65_HS1-834228961_62-HQ-83894_Section_6
Agency: FBI
Page 11
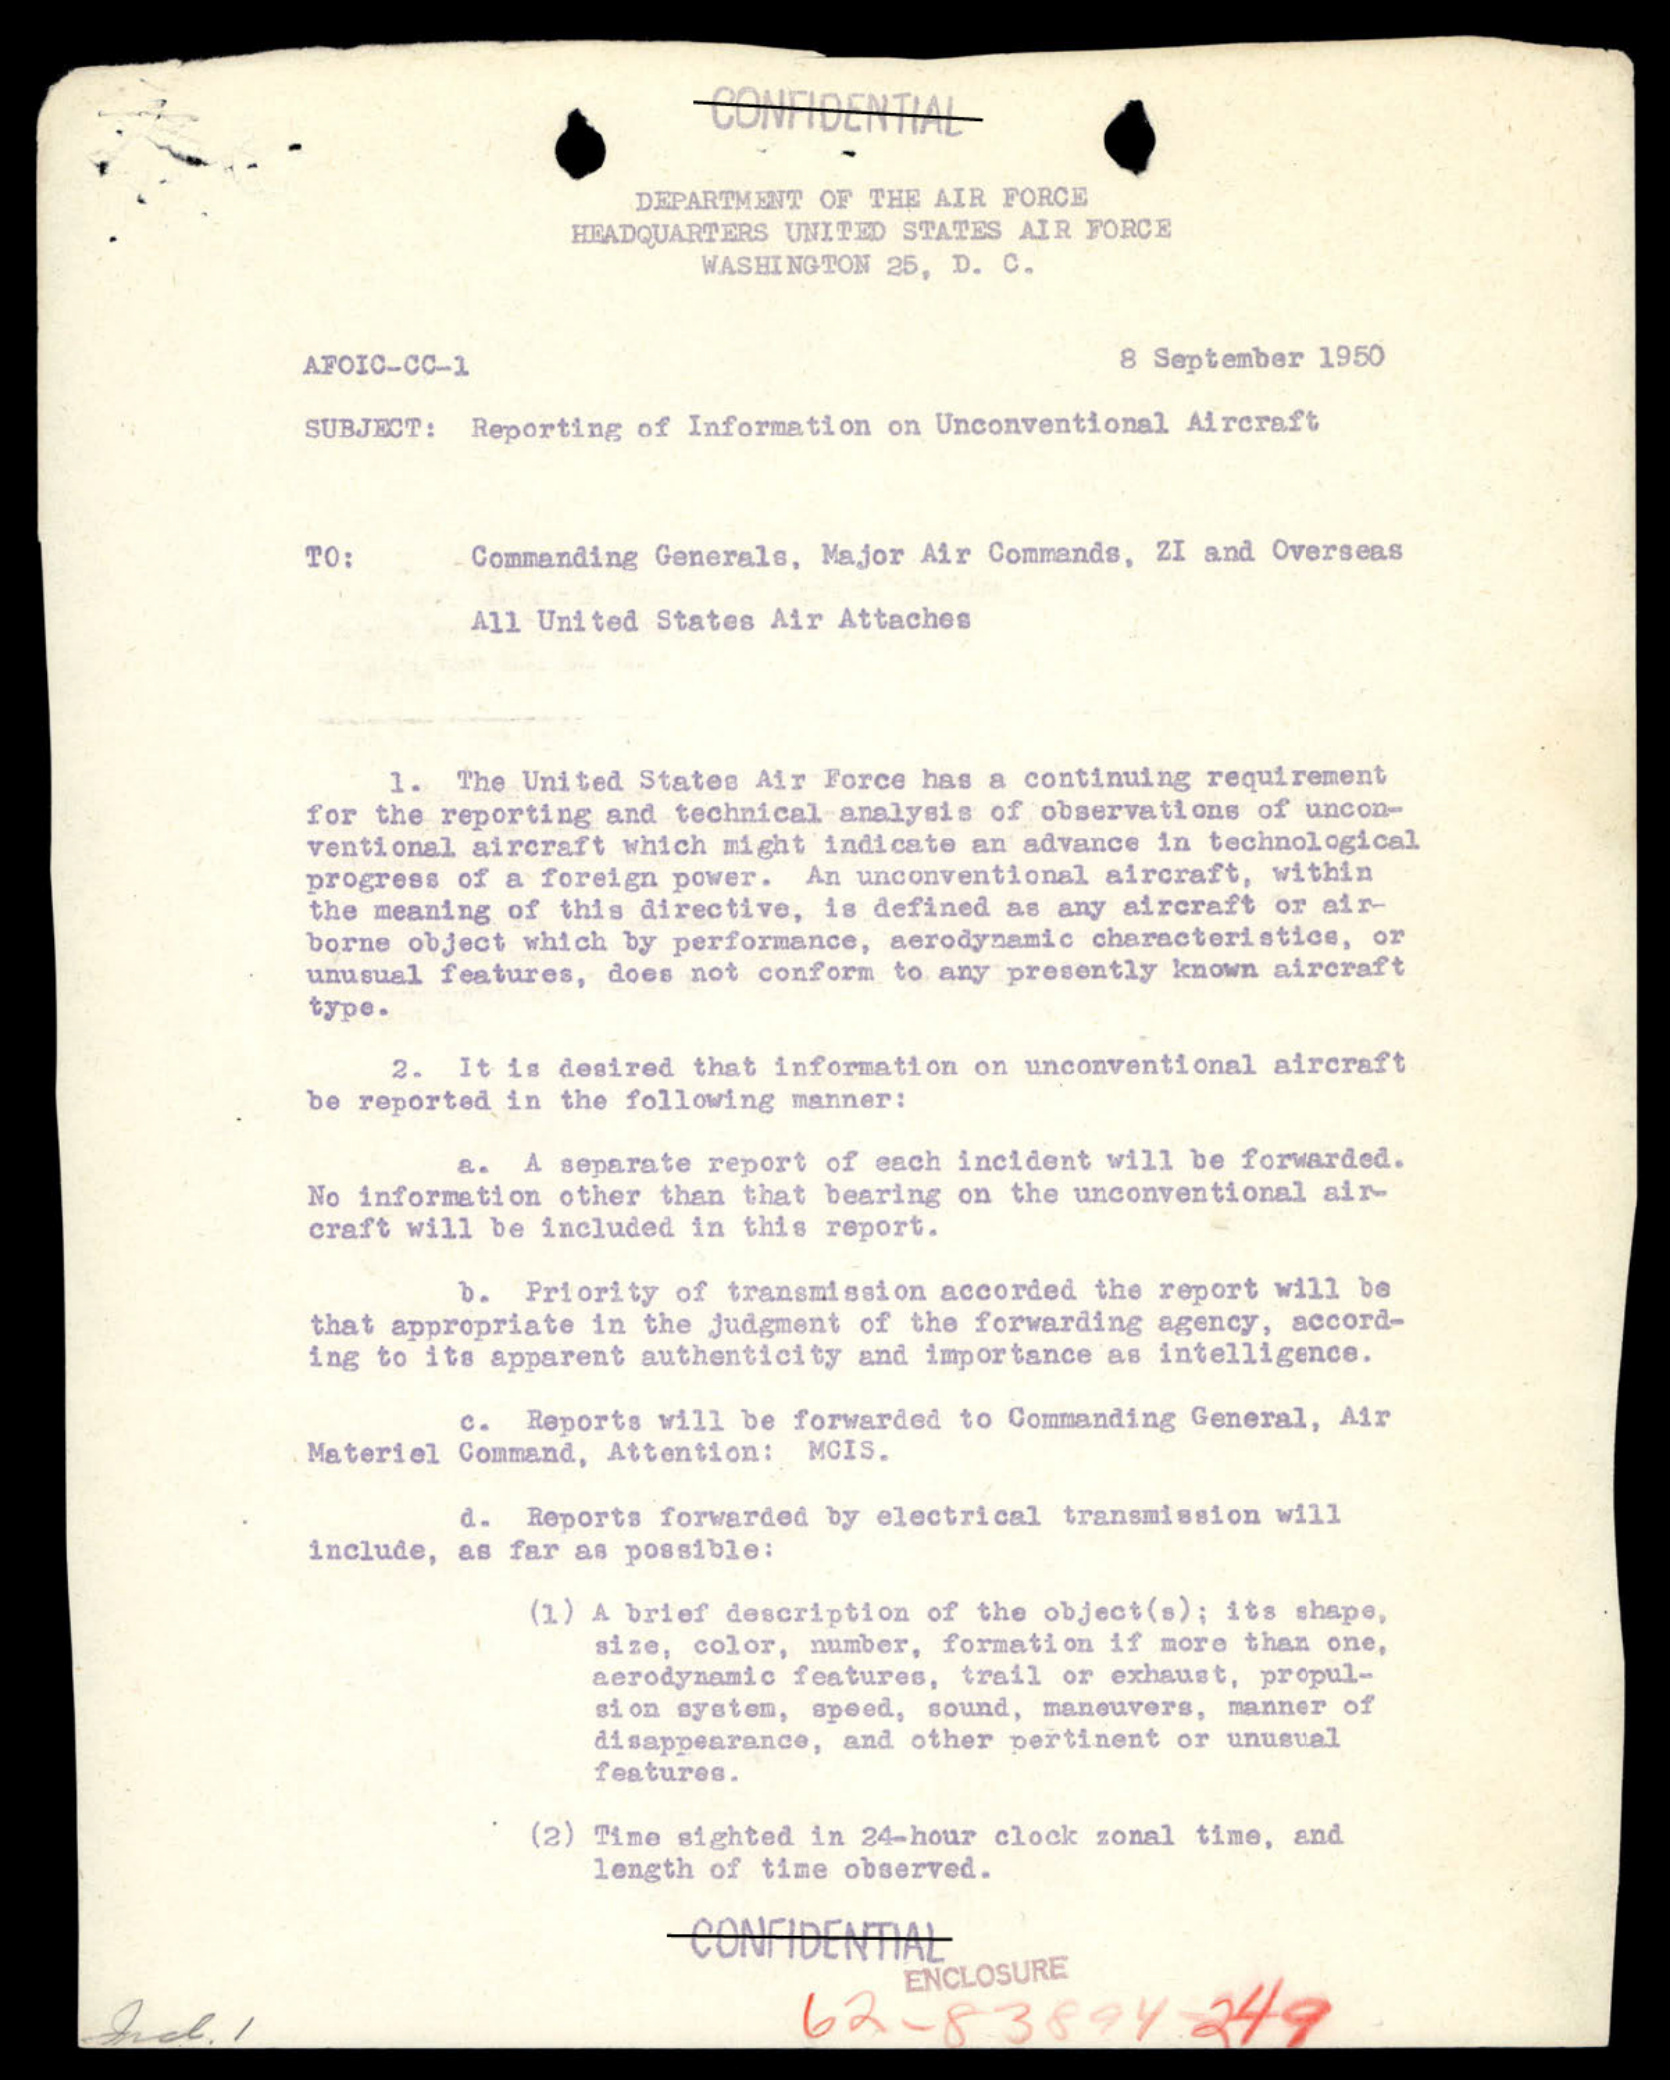